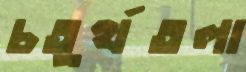
চতুর্থতলা